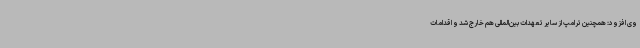
وی افزود: همچنین ترامپ از سایر تعهدات بین‌المللی هم خارج شد و اقدامات